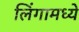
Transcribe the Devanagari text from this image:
लिंगामध्ये